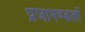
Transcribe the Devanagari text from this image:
प्रजामण्डलों